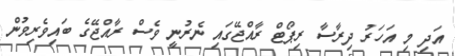
އަދި މި އަހަރު ދިރާސާ ރިޕޯޓް ރާއްޖޭގައި ނެރުނީ ވެސް ރާއްޖޭގެ ބައިވެރިވުން